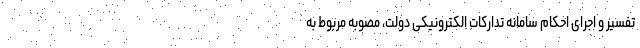
تفسیر و اجرای احکام سامانه تدارکات الکترونیکی دولت، مصوبه مربوط به